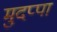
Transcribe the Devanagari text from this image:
मुदप्पा